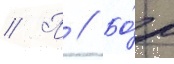
// П // Бо́р